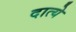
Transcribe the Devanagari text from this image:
दात्ये